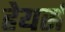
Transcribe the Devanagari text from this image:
हेयर्स